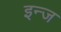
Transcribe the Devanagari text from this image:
इन्ज